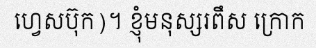
ហ្វេសប៊ុក)។ ខ្ញុំមនុស្សរពឹស ក្រោក